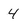
Character: 4